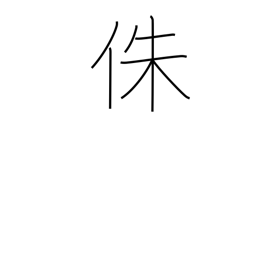
Meaning: supporting post